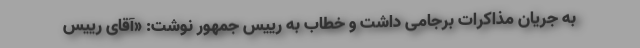
به جریان مذاکرات برجامی داشت و خطاب به رییس جمهور نوشت: «آقای رییس